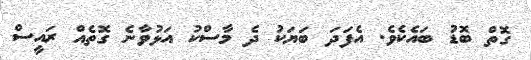
ގޮތް ބޮޑު ބައެކެވެ. އެފަދަ ބަޔަކު ދެ މާސްކު އަޅުވާނެ ގޮތެއް ރައީސް